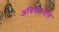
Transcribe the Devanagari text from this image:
अधिकार्‍यास